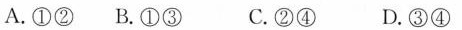
A.①②B.①③ C.②④ D.③④